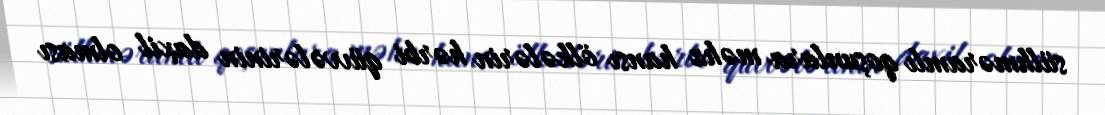
sülhməramlı qoşunlara məhz hansı ölkələrin hərbi qüvvələrinin daxil olması